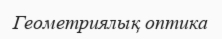
Геометриялық оптика